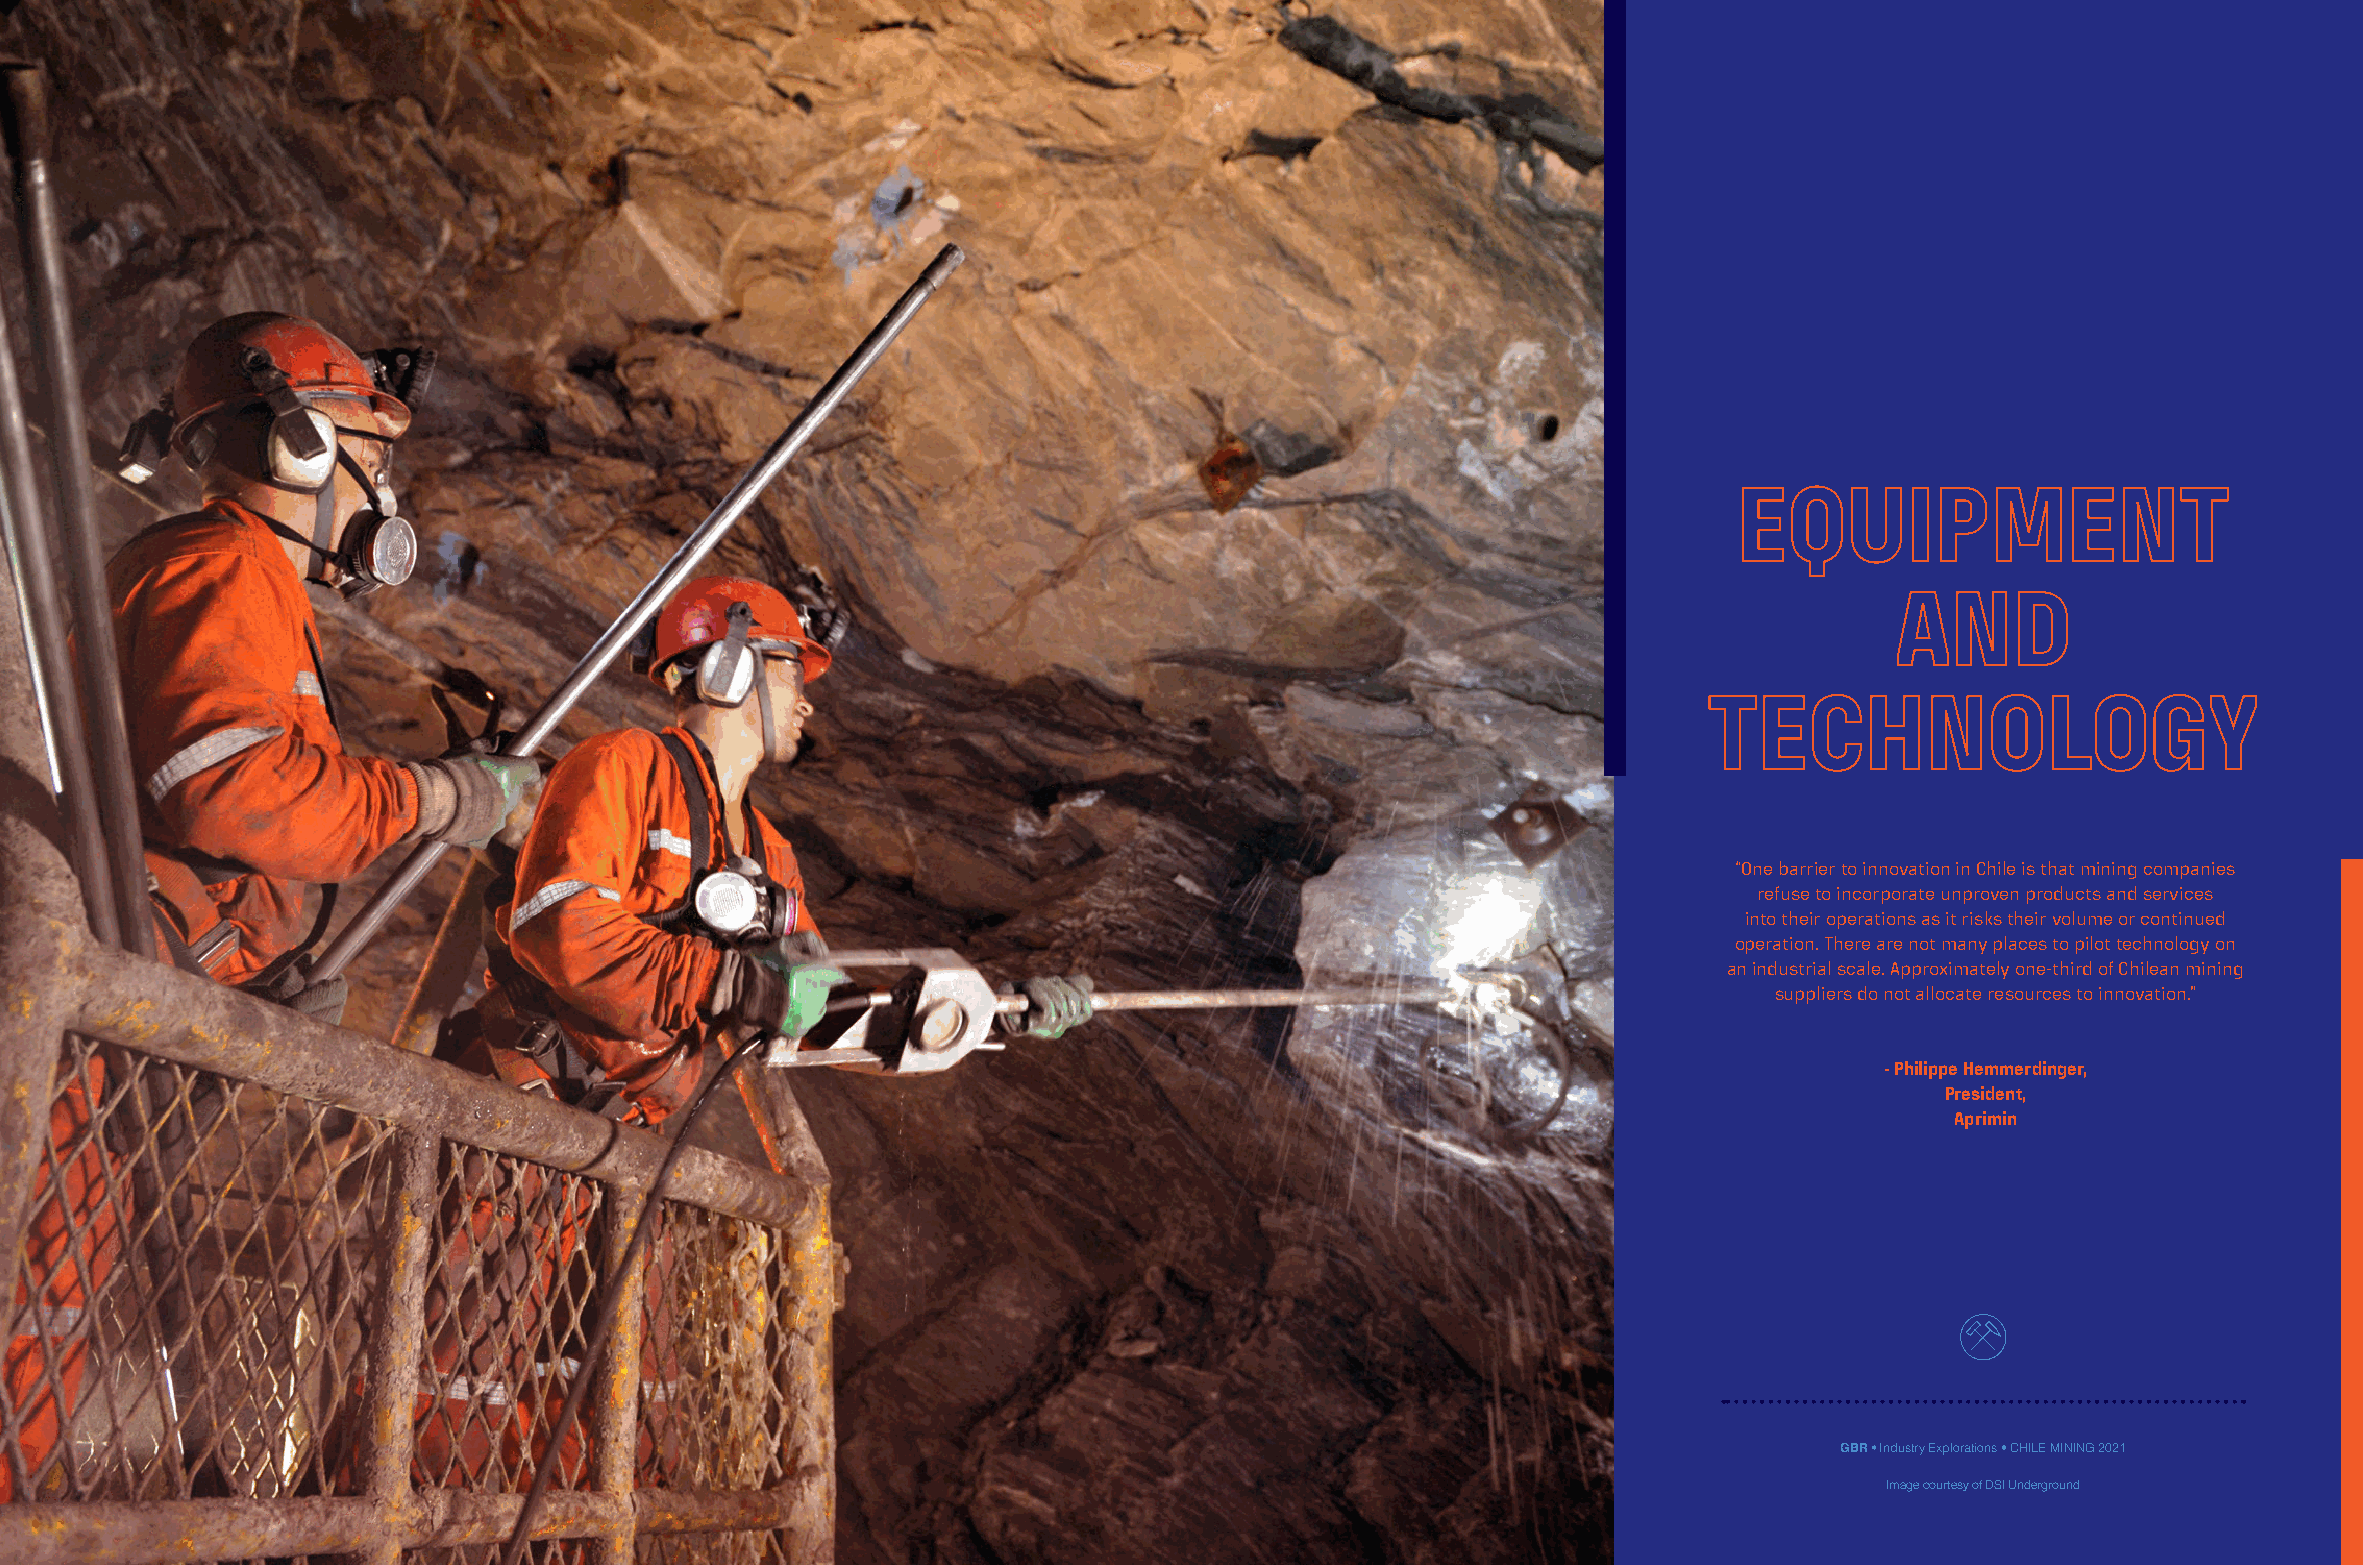
EQUIPMENT
 AND
 TECHNOLOGY
 “One barrier to innovation in Chile is that mining companies
 refuse to incorporate unproven products and services
 into their operations as it risks their volume or continued
 operation. There are not many places to pilot technology on
 an industrial scale. Approximately one-third of Chilean mining
 suppliers do not allocate resources to innovation.”
 - Philippe Hemmerdinger,
 President,
 Aprimin
 GBR • Industry Explorations • CHILE MINING 2021
 Image courtesy of DSI Underground